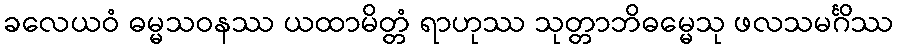
ခလေယဝံ ဓမ္မသဝနဿ ယထာမိတ္တံ ရာဟုဿ သုတ္တာဘိဓမ္မေသု ဖလသမင်္ဂိဿ